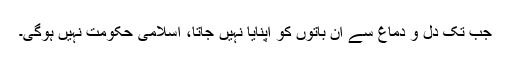
جب تک دل و دماغ سے ان باتوں کو اپنایا نہیں جاتا، اسلامی حکومت نہیں ہوگی۔